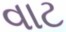
વાટ